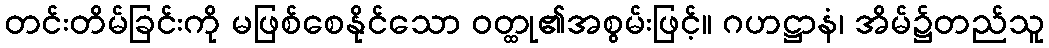
တင်းတိမ်ခြင်းကို မဖြစ်စေနိုင်သော ဝတ္ထု၏အစွမ်းဖြင့်။ ဂဟဋ္ဌာနံ၊ အိမ်၌တည်သူ